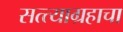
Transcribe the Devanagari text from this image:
सत्त्याग्रहाचा